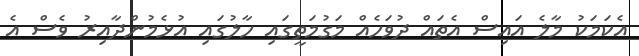
އެކަމަކު މާލެ އައިސް އެތައް ދުވަހެއް މަގުމަތީގައި ހާލުގައި އުޅެމުންދާއިރު ވެސް އެ